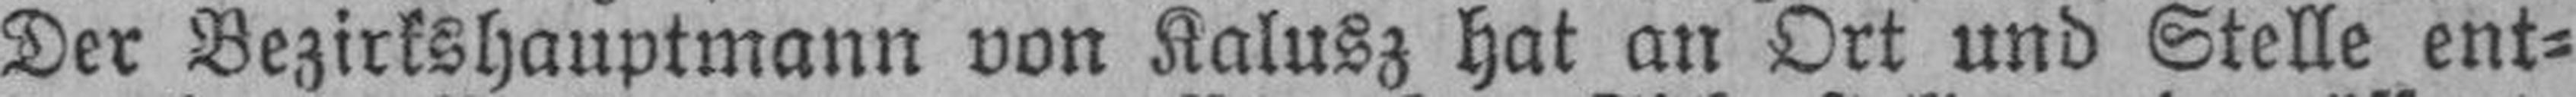
Der Bezirkshauptmann von Kalusz hat an Ort und Stelle ent¬